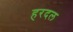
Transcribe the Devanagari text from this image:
हरदल